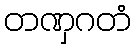
တဏှဂတံ